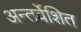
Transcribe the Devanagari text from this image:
अन्तर्वेशित